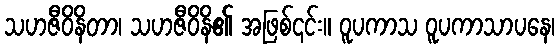
သဟဇီဝိနိတာ၊ သဟဇီဝိနိ၏ အဖြစ်၎င်း။ ဝူပကာသ ဝူပကာသာပနေ၊